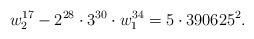
LaTeX: \begin{align*} w_{2}^{17}-2^{28}\cdot 3^{30}\cdot w_{1}^{34}=5\cdot 390625^2.\end{align*}